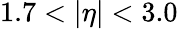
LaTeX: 1.7<|\eta|<3.0